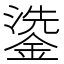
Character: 鍌